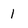
Character: 1